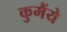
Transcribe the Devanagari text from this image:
कुमैंये